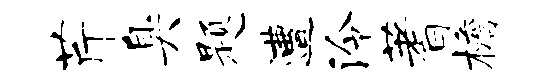
芹臭题遭泠蓍檐